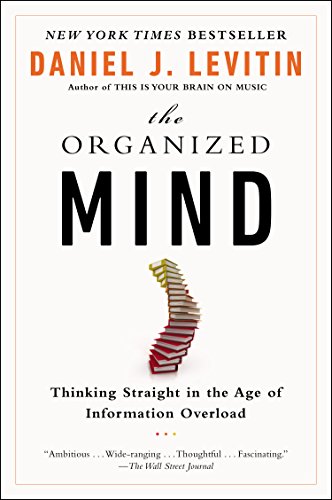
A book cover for The Organized Mind: Thinking Straight in the Age of Information Overload; Daniel J. Levitin; Medical Books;